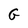
Character: G